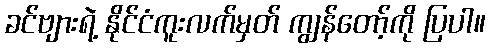
ခင်ဗျားရဲ့ နိုင်ငံကူးလက်မှတ် ကျွန်တော့်ကို ပြပါ။